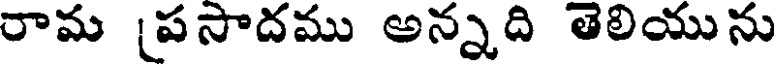
రామ [పసాదము అన్నది తెలియును